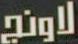
لاونج